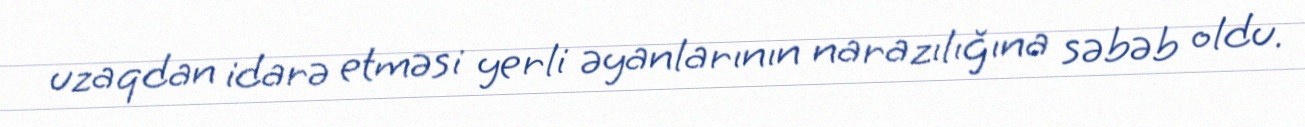
uzaqdan idarə etməsi yerli əyanlarının narazılığına səbəb oldu.